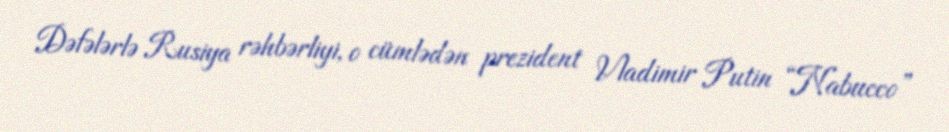
Dəfələrlə Rusiya rəhbərliyi, o cümlədən prezident Vladimir Putin “Nabucco”